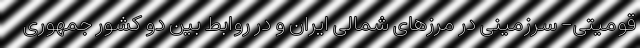
قومیتی- سرزمینی در مرزهای شمالی ایران و در روابط بین دو کشور جمهوری